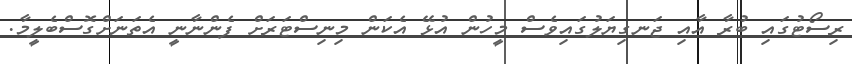
ރިސޯޓުގައި ބުރާ އާއި ޖަނގިޔަލުގައިވެސް މީހުން އުޅޭ އެކަން މިނިސްޓަރަށް ފެންނާނީ އެތަނަށްގޮސްބެލީމާ.